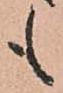
も